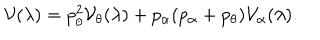
{ \cal V } ( \lambda ) = p _ { \theta } ^ { 2 } { \cal V } _ { \theta } ( \lambda ) + p _ { \alpha } ( p _ { \alpha } + p _ { \theta } ) { \cal V } _ { \alpha } ( \lambda ) .